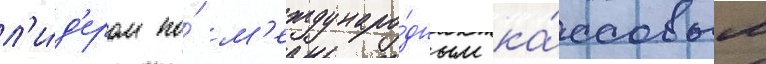
л'и́д'ером по́ м'еждунаро́дным ка́ссовым